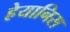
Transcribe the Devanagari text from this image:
हेयानिस